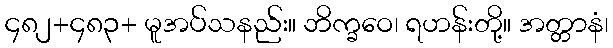
၄၈၂+၄၈၃+ မူအပ်သနည်း။ ဘိက္ခဝေ၊ ရဟန်းတို့။ အတ္တာနံ၊